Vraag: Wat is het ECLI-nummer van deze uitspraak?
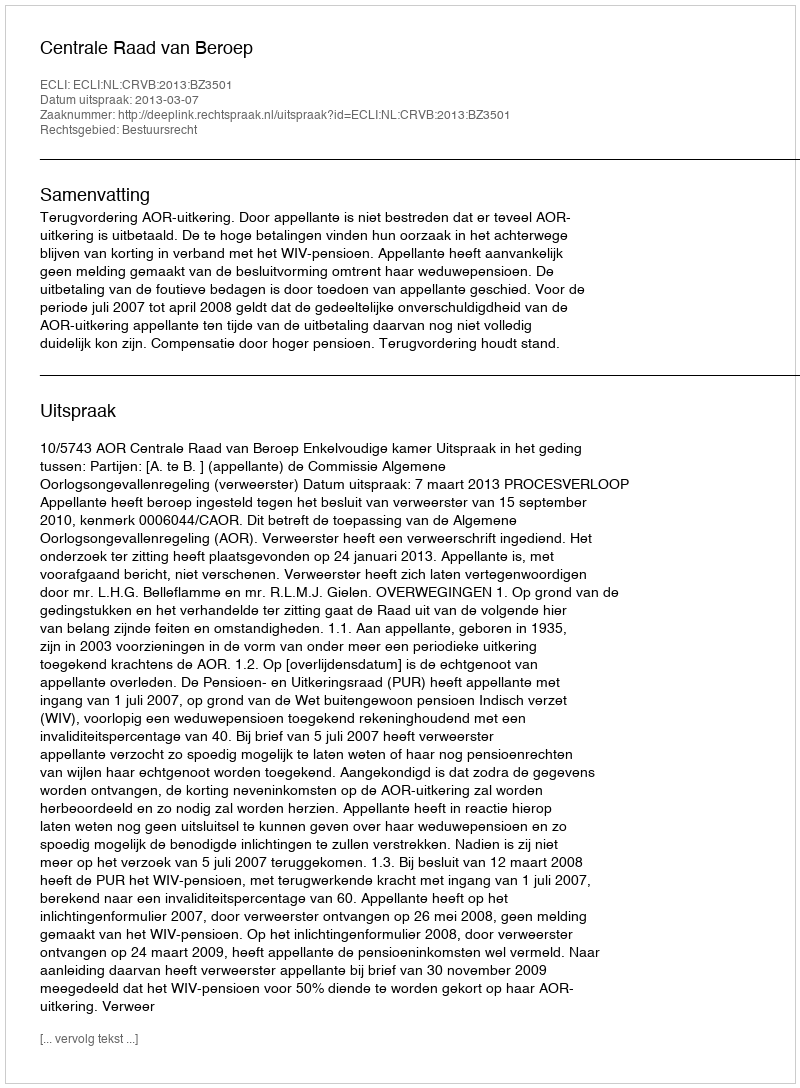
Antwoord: ECLI:NL:CRVB:2013:BZ3501